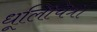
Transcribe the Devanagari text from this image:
धूलिचित्र।